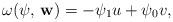
LaTeX: \begin{align*} \omega(\mathbf{\psi}, \, \mathbf{w}) = - \psi_1 u + \psi_0 v, \end{align*}